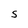
Character: S